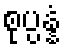
စုပ္ပန္နံ